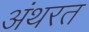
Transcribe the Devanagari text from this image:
अंथरत